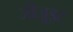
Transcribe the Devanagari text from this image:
जीजु़इट